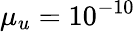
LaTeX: \mu_{u}=10^{-10}